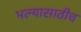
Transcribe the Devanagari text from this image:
भल्यासाठीच